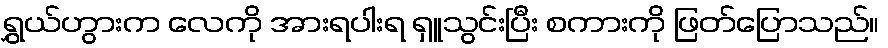
ရွှယ်ဟွားက လေကို အားရပါးရ ရှူသွင်းပြီး စကားကို ဖြတ်ပြောသည်။